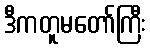
ဒီကတူမတော်ကြီး